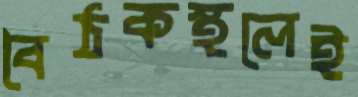
বৈঠকস্থলেই